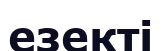
езекті